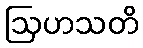
ဩဟသတိ